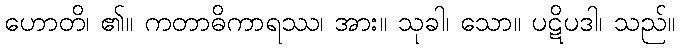
ဟောတိ၊ ၏။ ကတာဓိကာရဿ၊ အား။ သုခါ၊ သော။ ပဋိပဒါ၊ သည်။